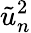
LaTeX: \tilde{u}_{n}^{2}